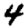
Digit: 4